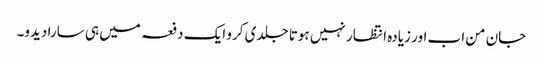
جان من اب اور زیادہ انتظار نہیں ہوتا جلدی کرو ایک دفعہ میں ہی سارا دیدو۔